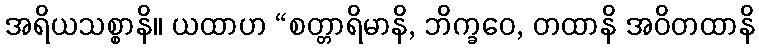
အရိယသစ္စာနိ။ ယထာဟ “စတ္တာရိမာနိ, ဘိက္ခဝေ, တထာနိ အဝိတထာနိ